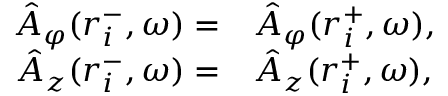
\begin{array} { r l } { \hat { A } _ { \varphi } ( r _ { i } ^ { - } , \omega ) = } & { { } \hat { A } _ { \varphi } ( r _ { i } ^ { + } , \omega ) , } \\ { \hat { A } _ { z } ( r _ { i } ^ { - } , \omega ) = } & { { } \hat { A } _ { z } ( r _ { i } ^ { + } , \omega ) , } \end{array}